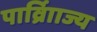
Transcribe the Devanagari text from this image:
पार्व्राािज्य